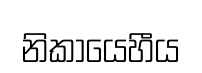
නිකායෙහීය